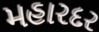
મહારદર